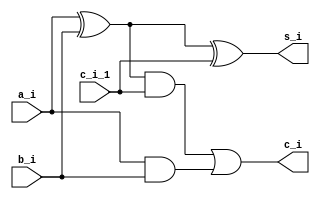
`timescale 1ns / 1ps
module bit_1_full_adder(
    
    // 1 bit inputs
    input a_i,
    input b_i,
    input c_i_1,
    // 1 bit outputs
    output s_i,
    output c_i
    );

    wire mid = a_i^b_i;

    // The Sum Output
    assign s_i = mid^c_i_1;

    // The Carry Output
    assign c_i = ( mid & c_i_1 )|(a_i & b_i);

endmodule